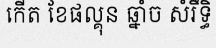
កើត ខែផល្គុន ឆ្នាំច សំរឹទ្ធិ